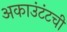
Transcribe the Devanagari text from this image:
अकाउंटंटची